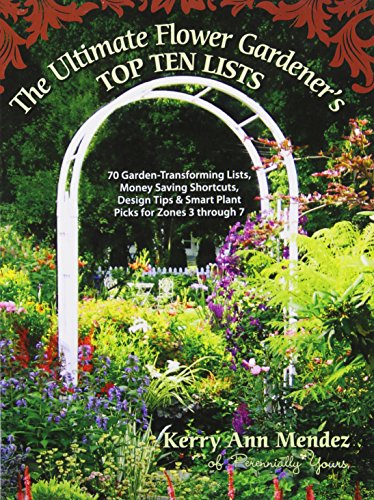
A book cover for The Ultimate Flower Gardener's Top Ten Lists: 70 Garden-Transforming Lists, Money Saving Shortcuts, Design Tips & Smart Plant Picks for Zones 3 Through 7; Kerry Ann Mendez; Crafts, Hobbies & Home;